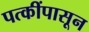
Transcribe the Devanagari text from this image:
पत्कींपासून